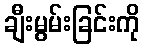
ချီးမွမ်းခြင်းကို